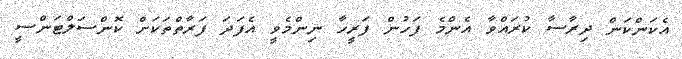
އެކަންކަން ދިރާސާ ކުރައްވާ އެންމެ ފަހުން ފަރީހާ ނިންމެވީ އެފަދަ ފަރާތްތަކަށް ކޮންސަލްޓަންސީ